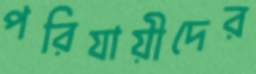
পরিযায়ীদের